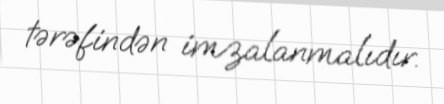
tərəfindən imzalanmalıdır.